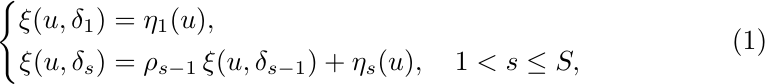
\begin{equation}
  \left\{
    \begin{aligned}
      \xi(u, \delta_1) & = \eta_1(u),\\
      \xi(u, \delta_s) & = \rho_{s-1}\, \xi(u, \delta_{s-1}) + \eta_s(u),
      \quad 1 < s \le S,
    \end{aligned}\right.
\end{equation}